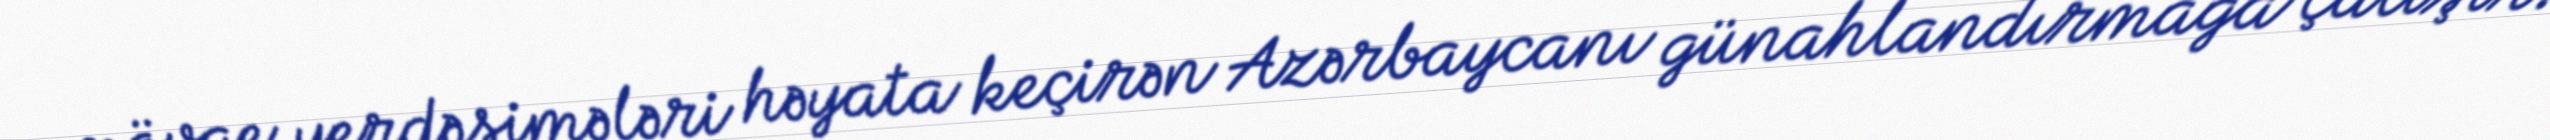
mövqe yerdəşimələri həyata keçirən Azərbaycanı günahlandırmağa çalışır.